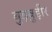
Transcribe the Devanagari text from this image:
बुड़बुड़ीर